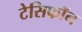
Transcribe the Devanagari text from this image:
टेसिफॉन